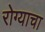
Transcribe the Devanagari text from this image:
रोग्याचा